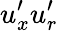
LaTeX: u_{x}^{\prime}u_{r}^{\prime}